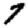
Digit: 7